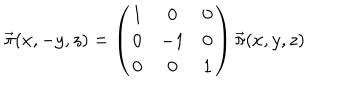
\vec { \pi } ( x , - y , z ) = \left( \begin{matrix} { { 1 } } & { { 0 } } & { { 0 } } \\ { { 0 } } & { { - 1 } } & { { 0 } } \\ { { 0 } } & { { 0 } } & { { 1 } } \\ \end{matrix} \right) \vec { \pi } ( x , y , z )